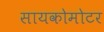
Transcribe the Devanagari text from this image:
सायकोमोटर